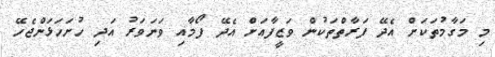
މި މަގާމުތަކަށް އެދޭ ފަރާތްތަކުން ވަޒީފާއަށް އެދޭ ފޯމާއި ވަނަވަރު އަދި ހުށަހަޅަންޖެހޭ